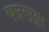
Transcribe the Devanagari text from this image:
खुसुरपुसुर